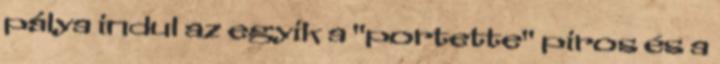
pálya indul az egyik a "portette" piros és a